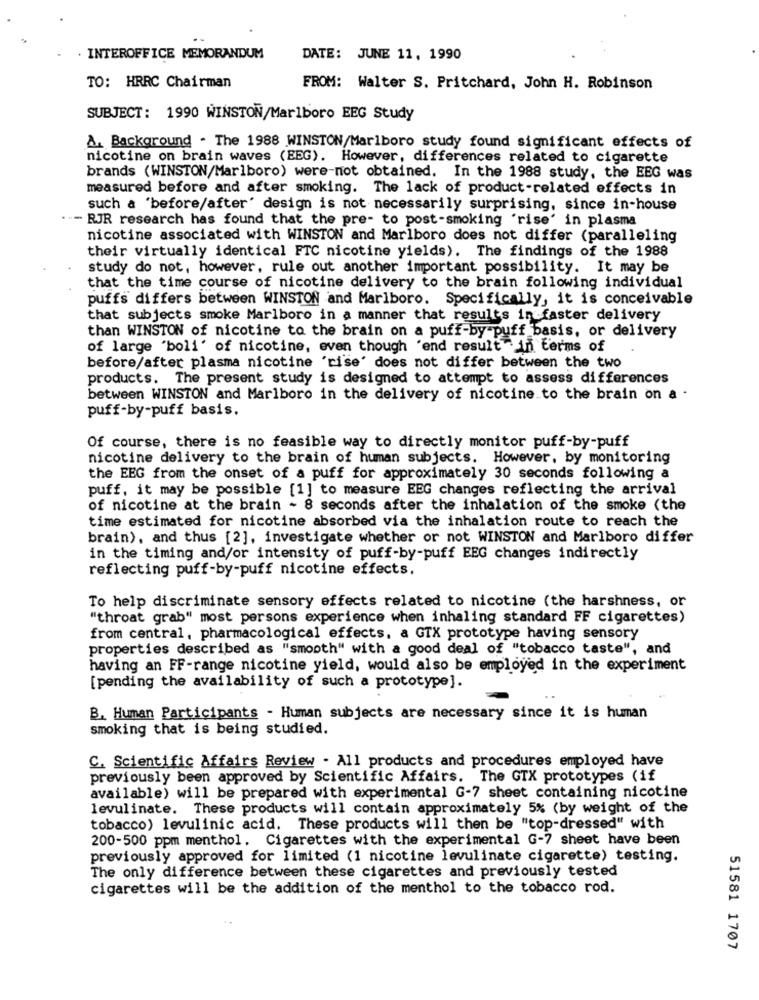
. INTEROFFICE MEMORANDUM
DATE: JUNE 11, 1990
TO: HRRC Chairman
FROM: Walter S. Pritchard, John H. Robinson
SUBJECT: 1990 WINSTON/Marlboro EEG Study
A. Background . The 1988 WINSTON/Marlboro study found significant effects of
nicotine on brain waves (EEG). However, differences related to cigarette
brands (WINSTON/Marlboro) were-not obtained. In the 1988 study, the EEG was
measured before and after smoking. The lack of product-related effects in
such a 'before/after' design is not necessarily surprising, since in-house
- RJR research has found that the pre- to post-smoking 'rise' in plasma
nicotine associated with WINSTON and Marlboro does not differ (paralleling
their virtually identical FTC nicotine yields). The findings of the 1988
study do not, however, rule out another important possibility. It may be
that the time course of nicotine delivery to the brain following individual
puffs differs between WINSTON and Marlboro. Specifically, it is conceivable
that subjects smoke Marlboro in a manner that results in faster delivery
than WINSTON of nicotine to the brain on a puff-by-puff basis, or delivery
of large "boli' of nicotine, even though 'end result in terms of
before/after plasma nicotine 'rise' does not differ between the two
products. The present study is designed to attempt to assess differences
between WINSTON and Marlboro in the delivery of nicotine to the brain on a
puff-by-puff basis.
Of course, there is no feasible way to directly monitor puff-by-puff
nicotine delivery to the brain of human subjects. However, by monitoring
the EEG from the onset of a puff for approximately 30 seconds following a
puff, it may be possible [1] to measure EEG changes reflecting the arrival
of nicotine at the brain - 8 seconds after the inhalation of the smoke (the
time estimated for nicotine absorbed via the inhalation route to reach the
brain), and thus [2], investigate whether or not WINSTON and Marlboro differ
in the timing and/or intensity of puff-by-puff EEG changes indirectly
reflecting puff-by-puff nicotine effects.
To help discriminate sensory effects related to nicotine (the harshness, or
"throat grab" most persons experience when inhaling standard FF cigarettes)
from central, pharmacological effects, a GTX prototype having sensory
properties described as "smooth" with a good deal of "tobacco taste", and
having an FF-range nicotine yield, would also be employed in the experiment
[pending the availability of such a prototype].
B. Human Participants - Human subjects are necessary since it is human
smoking that is being studied.
C. Scientific Affairs Review . All products and procedures employed have
previously been approved by Scientific Affairs. The GTX prototypes (if
available) will be prepared with experimental G-7 sheet containing nicotine
levulinate. These products will contain approximately 5% (by weight of the
tobacco) levulinic acid. These products will then be "top-dressed" with
200-500 ppm menthol. Cigarettes with the experimental G-7 sheet have been
previously approved for limited (1 nicotine levulinate cigarette) testing.
The only difference between these cigarettes and previously tested
cigarettes will be the addition of the menthol to the tobacco rod.
51581 1707